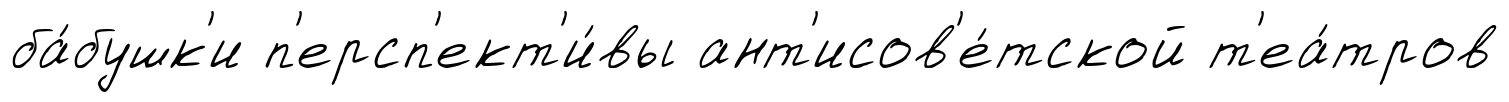
ба́бушк'и п'ерсп'ект'и́вы ант'исов'е́тской т'еа́тров